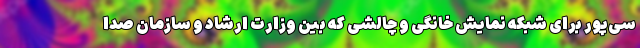
سی‌پور برای شبکه نمایش خانگی و چالشی که بین وزارت ارشاد و سازمان صدا